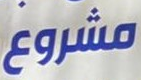
مشروع